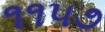
૧૧૫૭